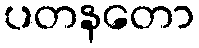
ပတနတော